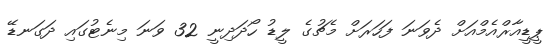
ޕީޑީއާރްއެމްއަށް ދެވަނަ ފަހަރަށް މެޗުގެ ލީޑު ހޯދަދިނީ 32 ވަނަ މިނެޓުގައި ދަގަނޑޭ